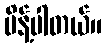
မိန့်ပါတယ်။